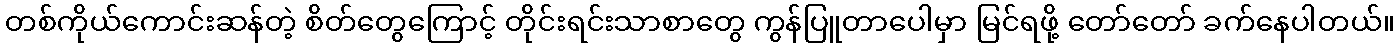
တစ်ကိုယ်ကောင်းဆန်တဲ့ စိတ်တွေကြောင့် တိုင်းရင်းသာစာတွေ ကွန်ပြူတာပေါမှာ မြင်ရဖို့ တော်တော် ခက်နေပါတယ်။